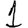
Digit: 1